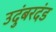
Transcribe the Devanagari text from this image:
उदुंबरदंड